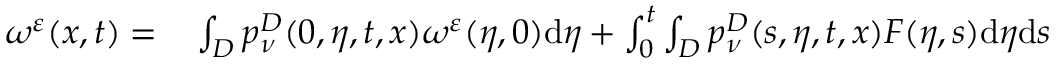
\begin{array} { r l } { \omega ^ { \varepsilon } ( x , t ) = } & { { } \int _ { D } p _ { \nu } ^ { D } ( 0 , \eta , t , x ) \omega ^ { \varepsilon } ( \eta , 0 ) \mathrm { d } \eta + \int _ { 0 } ^ { t } \int _ { D } p _ { \nu } ^ { D } ( s , \eta , t , x ) F ( \eta , s ) \mathrm { d } \eta \mathrm { d } s } \end{array}